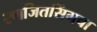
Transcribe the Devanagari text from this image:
रणजितसिंगचा